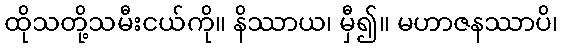
ထိုသတို့သမီးငယ်ကို။ နိဿာယ၊ မှီ၍။ မဟာဇနဿာပိ၊